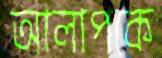
আলাপকে